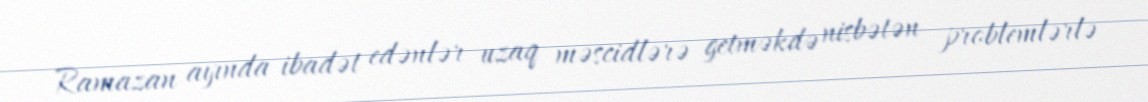
Ramazan ayında ibadət edənlər uzaq məscidlərə getməkdə nisbətən problemlərlə